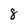
Character: 8